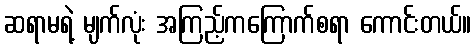
ဆရာမရဲ့ မျက်လုံး အကြည့်ကကြောက်စရာ ကောင်းတယ်။